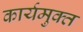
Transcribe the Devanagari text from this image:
कार्यमुक्‍त